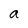
Character: a